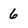
Character: 6